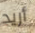
أريد